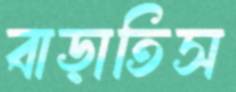
বাড়াতিস